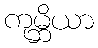
ကုမ္ဘိယာ